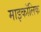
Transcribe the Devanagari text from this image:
माइकॉलिक